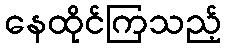
နေထိုင်ကြသည့်